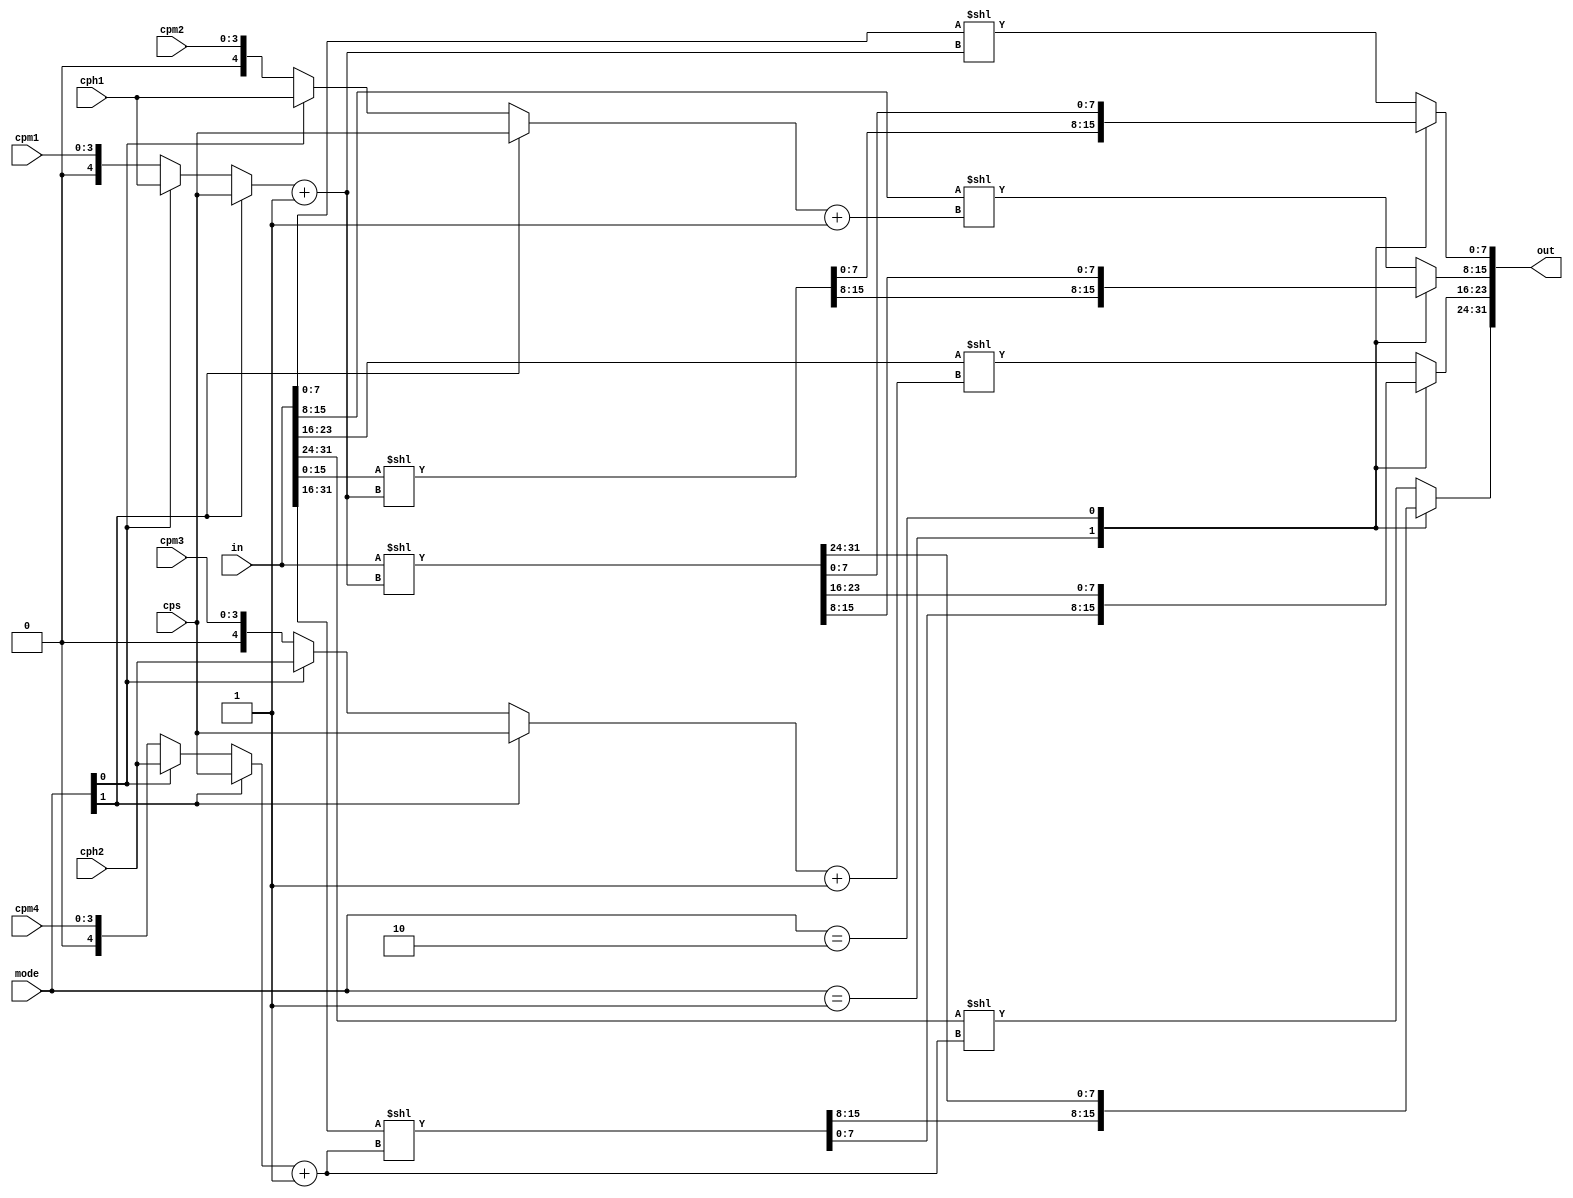
module left_shifter(
    input [31:0]    in,
    input [1:0]     mode,
    input [3:0]     cpm1,cpm2,cpm3,cpm4,
    input [4:0]     cph1,cph2,
    input [4:0]     cps,
    output [31:0]   out   
);
wire [31:0] op = in;
wire [4:0] shift1,shift2,shift3,shift4;
wire [4:0] temp1,temp2,temp3,temp4;
assign temp1 = mode[0] ? cph1 : cpm1;
assign shift1 = mode[1] ? cps : temp1;
assign temp2 = mode[0] ? cph1 : cpm2;
assign shift2 = mode[1] ? cps : temp2;
assign temp3 = mode[0] ? cph2 : cpm3;
assign shift3 = mode[1] ? cps : temp3;
assign temp4 = mode[0] ? cph2 : cpm4;
assign shift4 = mode[1] ? cps : temp4;
reg [31:0] shift_tmp;
always @(*) begin
    case(mode)
        2'b00:begin
            shift_tmp[7:0] = {in[7:0]} <<     (shift1+1);
            shift_tmp[15:8] = {in[15:8]} <<   (shift2+1);
            shift_tmp[23:16] = {in[23:16]} << (shift3+1);
            shift_tmp[31:24] = {in[31:24]} << (shift4+1);
        end
        2'b01:begin
            shift_tmp[15:0] = {in[15:0]} <<   (shift1+1);
            shift_tmp[31:16] = {in[31:16]} << (shift4+1);
        end
        2'b10:begin
            shift_tmp = in[31:0] << (shift1+1);
        end
        default:begin
            shift_tmp[7:0] = {in[7:0]} <<     (shift1+1);
            shift_tmp[15:8] = {in[15:8]} <<   (shift2+1);
            shift_tmp[23:16] = {in[23:16]} << (shift3+1);
            shift_tmp[31:24] = {in[31:24]} << (shift4+1);
        end
    endcase
end
//genvar i;
//generate
//    for(i=1;i<=5;i=i+1) begin
//        always @(*) begin
//        case(mode)
//        2'b00:begin
//            shift_tmp[i][7:0] = shift1[i-1] ? shift_tmp[i-1][7:0] << 2**(i-1) : shift_tmp[i-1][7:0];
//            shift_tmp[i][15:8] = shift2[i-1] ? shift_tmp[i-1][15:8] << 2**(i-1) : shift_tmp[i-1][15:8];
//            shift_tmp[i][23:16] = shift3[i-1] ? shift_tmp[i-1][23:16] << 2**(i-1) : shift_tmp[i-1][23:16];
//            shift_tmp[i][31:24] = shift4[i-1] ? shift_tmp[i-1][31:24] << 2**(i-1) : shift_tmp[i-1][31:24];
//        end
//        2'b01:begin
//            shift_tmp[i][15:0] = shift1[i-1] ? shift_tmp[i-1][15:0] << 2**(i-1) : shift_tmp[i-1][15:0];
//            shift_tmp[i][31:16] = shift3[i-1] ? shift_tmp[i-1][31:16] << 2**(i-1) : shift_tmp[i-1][31:16];
//        end
//        2'b10:begin
//            shift_tmp[i] = shift1[i-1] ? shift_tmp[i-1] << 2**(i-1) : shift_tmp[i-1];
//        end
//        endcase
//        end
//    end
//endgenerate

assign out = shift_tmp;

endmodule